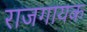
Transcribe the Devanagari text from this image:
राजगायक